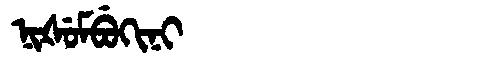
Manchu: ᠨᡳᡧᡠᠮᠪᡠᡴᡳᠨᡳ
Romanization: NIŠUMBUKINI